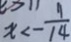
x < - \frac { 1 1 } { 1 4 }